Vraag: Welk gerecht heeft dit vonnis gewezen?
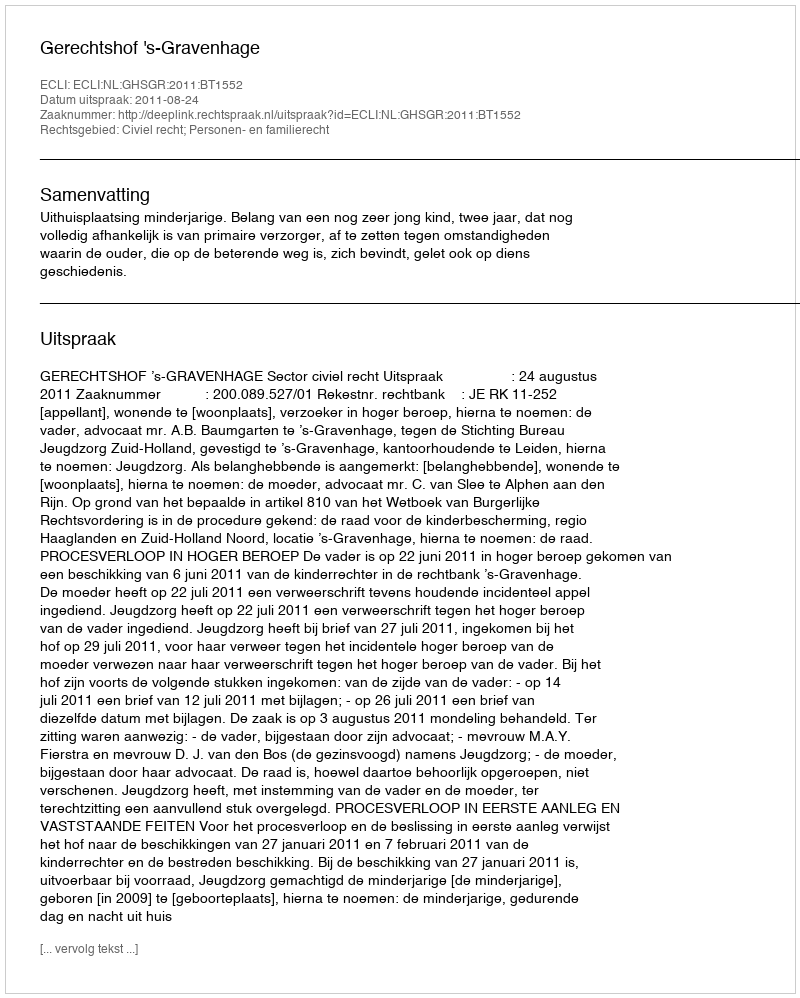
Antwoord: Gerechtshof 's-Gravenhage